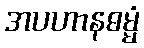
အပဟာနဓမ္မံ